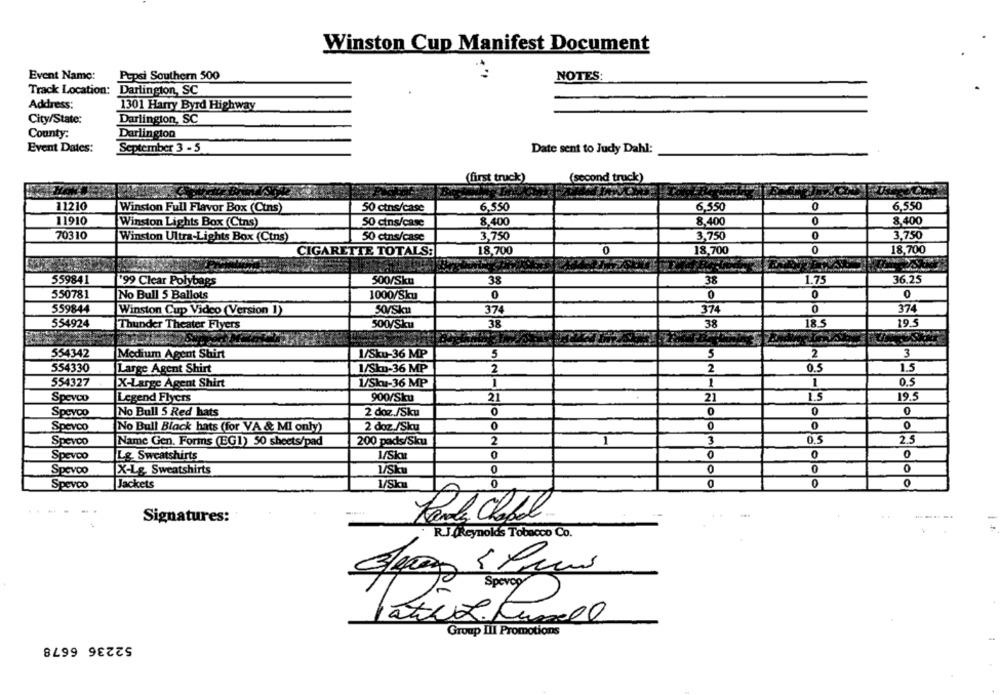
Winston Cup Manifest Document
Event Name:
Pepsi Southern 500
NOTES:
Track Location:
Darlington, SC
Address:
1301 Harry Byrd Highway
City/State:
Darlington, SC
County:
Darlington
Event Dates:
September 3 - 5
Date sent to Judy Dahl:
(first truck)
(second truck)
11210
Winston Full Flavor Box (Ctns)
50 ctns/case
6.550
6.550
0
6.550
11910
Winston Lights Box (Ctns)
50 cins/case
8.400
8.400
0
8,400
70310
3.750
3,750
0
3.750
Winston Ultra-Lights Box (Ctns)
50 ctns/case
0
18,700
0
18,700
CIGARETTE TOTALS:
18,700
559841
199 Clear Polybags
500/Sku
38
38
1.75
36.25
550781
No Bull 5 Ballots
1000/Sku
0
0
0
0
559844
Winston Cup Video (Version ])
50/Sku
374
374
0
374
554924
Thunder Theater Flyers
500/Sku
38
38
18.5
19.5
554342
Medium Agent Shirt
1/Sku-36 MP
5
5
2
3
554330
Large Agent Shirt
1/Sku-36 MP
2
2
0.5
1.5
1
1
1
0.5
554327
X-Large Agent Shirt
1/Sku-36 MP
Spevco
Legend Flyers
900/Sku
21
21
1.5
19.5
Speyco
No Bull 5 Red hats
2 doz./Sku
0
0
0
Spevco
No Bull Black hats (for VA & Mi only)
2 doz./Sku
0
0
0
0
Speveo
Name Gen. Forms (EG1) 50 sheets/pad
200 pads/Sku
2
1
3
0.5
2.5
Spevoo
Lg. Sweatshirts
1/Sku
0
0
0
Spevoo
X-Lg, Sweatshirts
1/Sku
0
0
Spevco
Jackets
1/Ska
0
Signatures:
R.J. Reynolds Tobacco Co.
Spevog
ático. tunel
Group III Promotions
52236 6678